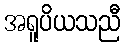
အရူပိယသညီ